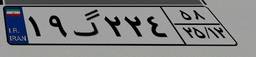
۱۶گ۴۹۶۷۷